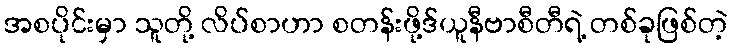
အစပိုင်းမှာ သူတို့ လိပ်စာဟာ စတန်းဖို့ဒ်ယူနီဗာစီတီရဲ့ တစ်ခုဖြစ်တဲ့